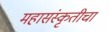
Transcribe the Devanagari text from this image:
महासंस्कृतीचा